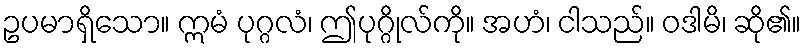
ဥပမာရှိသော။ ဣမံ ပုဂ္ဂလံ၊ ဤပုဂ္ဂိုလ်ကို။ အဟံ၊ ငါသည်။ ဝဒါမိ၊ ဆို၏။